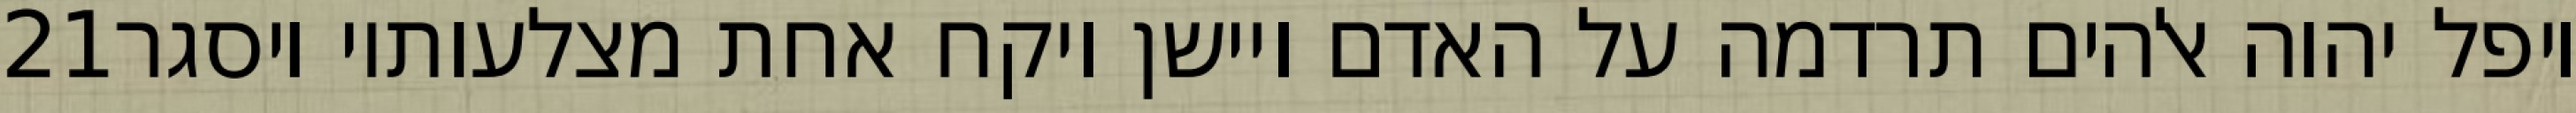
‎21‏ ויפל יהוה אלהים תרדמה על האדם ויישן ויקח אחת מצלעותיו ויסגר